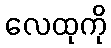
လေထုကို